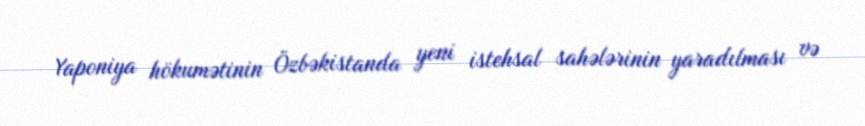
Yaponiya hökumətinin Özbəkistanda yeni istehsal sahələrinin yaradılması və